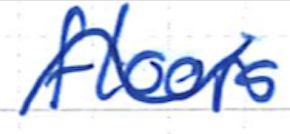
Text: floors
Cross-out: wave
Writing tool: ballpoint